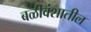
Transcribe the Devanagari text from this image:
बळीवंशातील